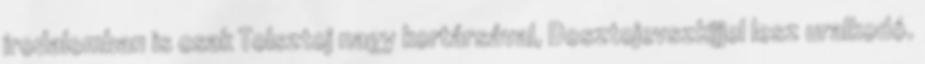
irodalomban is csak Tolsztoj nagy kortársával, Dosztojevszkijjel lesz uralkodó.